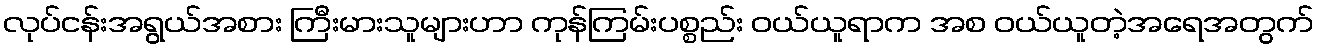
လုပ်ငန်းအရွယ်အစား ကြီးမားသူများဟာ ကုန်ကြမ်းပစ္စည်း ဝယ်ယူရာက အစ ဝယ်ယူတဲ့အရေအတွက်